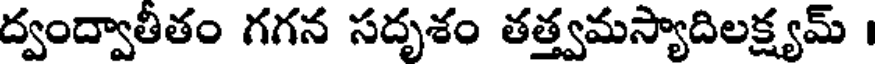
ద్వంద్వాతీతం గగన సదృశం తత్త్వమస్యాదిలక్ష్యమ్ ।